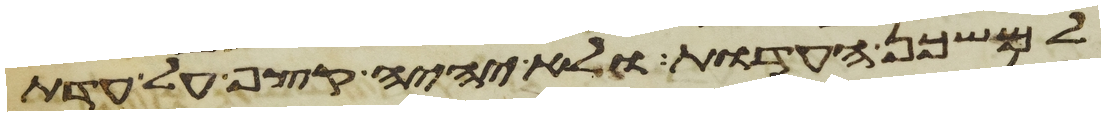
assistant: למשכן העדות ולא יהיה קצף על עדת